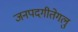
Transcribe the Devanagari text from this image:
जनपदगीतेगलु